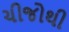
ચીજોથી